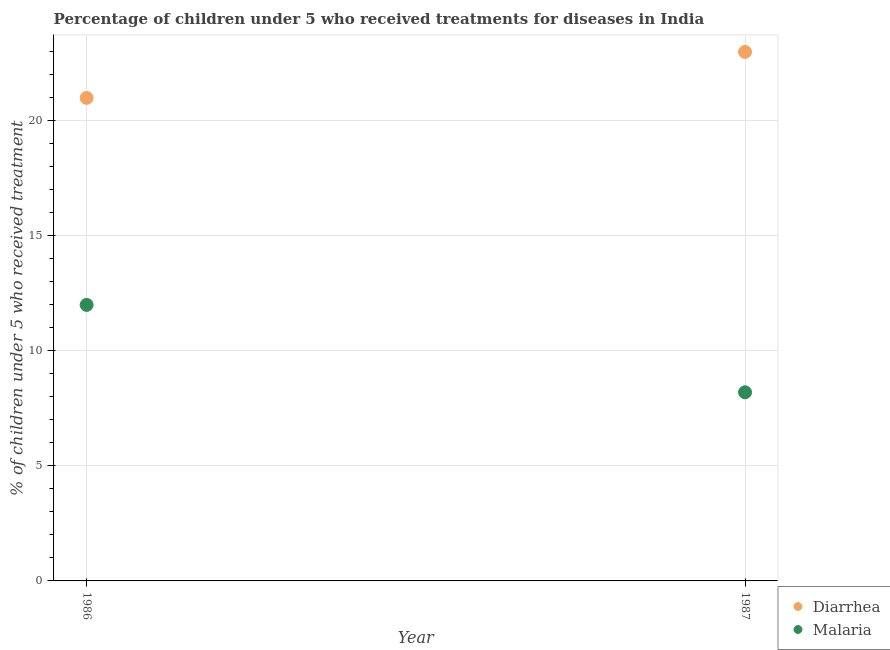
| Year | Diarrhea | Malaria |
 | --- | --- | --- |
 | 1986 | 21 | 12 |
 | 1987 | 23 | 8.2 |